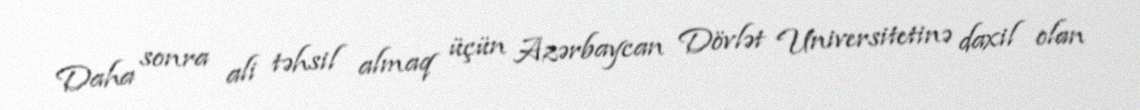
Daha sonra ali təhsil almaq üçün Azərbaycan Dövlət Universitetinə daxil olan